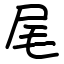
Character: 尾